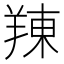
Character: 䍶